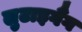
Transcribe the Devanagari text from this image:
लुटाइगैंग